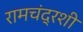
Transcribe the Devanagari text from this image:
रामचंद्रशी